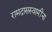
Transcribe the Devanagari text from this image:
रामदासस्वामींना